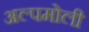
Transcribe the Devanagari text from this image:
अल्पमोली